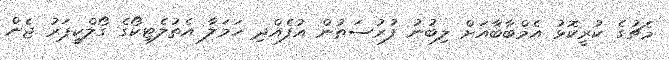
މެޗުގެ ކުރީކޮޅު އެމްބާބާއަށް ލިބުނު ފުރުސަތުން އުފެއްދި ހަމަލާ އެތުލެޓިކޯގެ ގޯލްކީޕަރު ޖެން